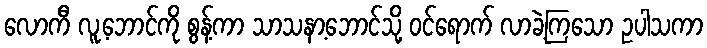
လောကီ လူ့ဘောင်ကို စွန့်ကာ သာသနာ့ဘောင်သို့ ဝင်ရောက် လာခဲ့ကြသော ဥပါသကာ